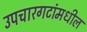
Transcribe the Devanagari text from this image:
उपचारगटांमधील